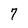
Character: 7